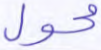
محول